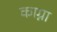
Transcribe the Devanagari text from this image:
काग्ना